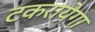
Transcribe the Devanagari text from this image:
टकरायेगा